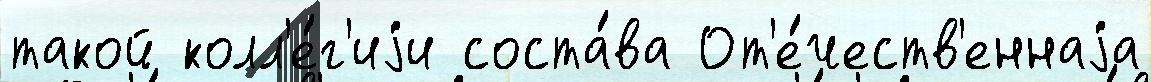
такой колл'е́г'иjи соста́ва От'е́честв'еннаjа